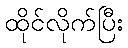
ထိုင်လိုက်ပြီး